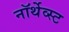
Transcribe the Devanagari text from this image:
नॉर्थेव्स्ट